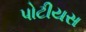
પોટીયસ